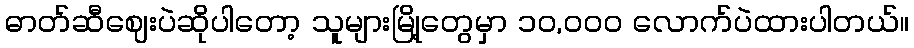
ဓာတ်ဆီဈေးပဲဆိုပါတော့ သူများမြို့တွေမှာ ၁၀,၀၀၀ လောက်ပဲထားပါတယ်။